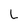
Character: L